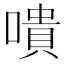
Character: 嘳